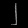
Digit: ၂